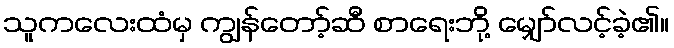
သူကလေးထံမှ ကျွန်တော့်ဆီ စာရေးဘို့ မျှော်လင့်ခဲ့၏။